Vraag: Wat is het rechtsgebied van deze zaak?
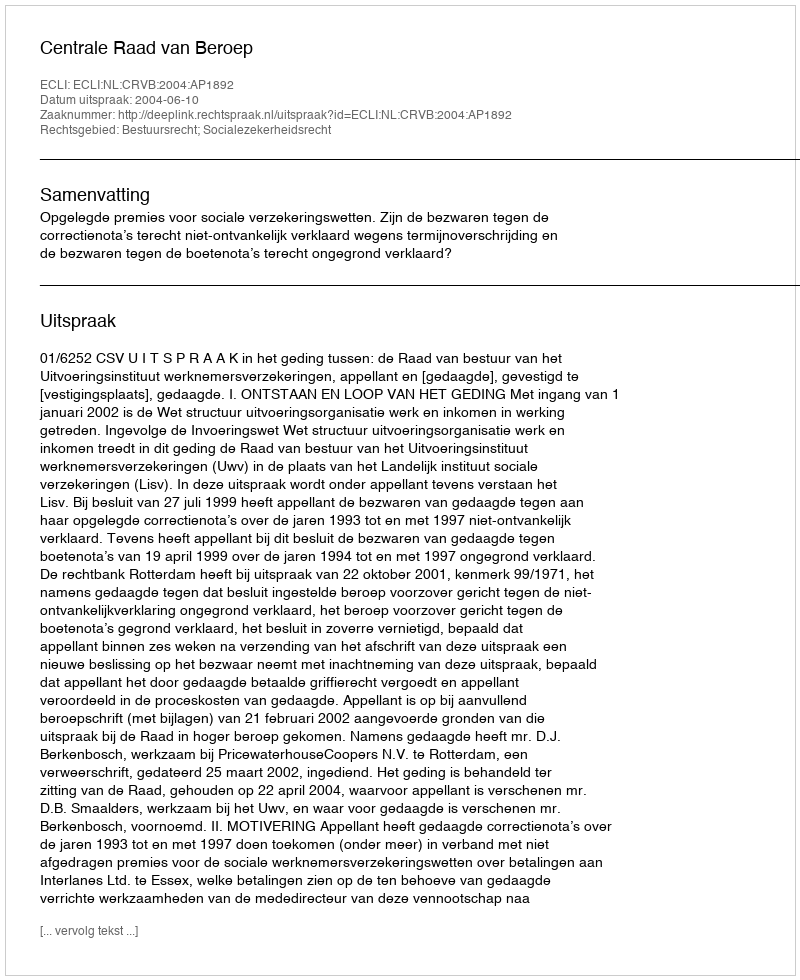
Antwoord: Bestuursrecht; Socialezekerheidsrecht